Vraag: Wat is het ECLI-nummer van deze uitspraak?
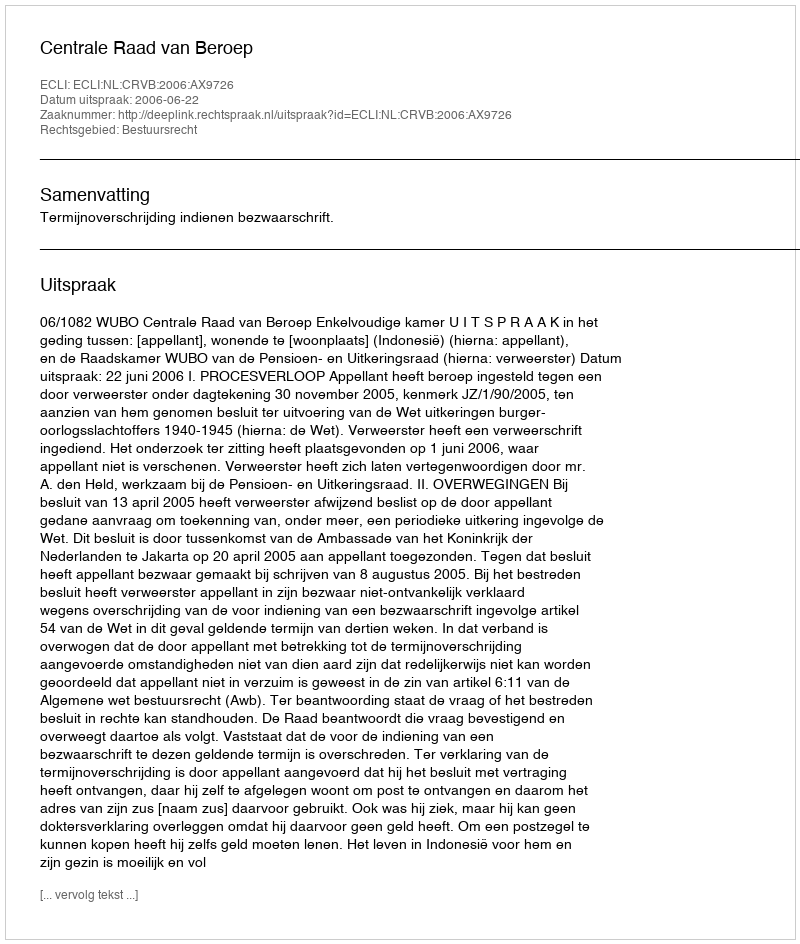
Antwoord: ECLI:NL:CRVB:2006:AX9726